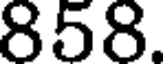
858.